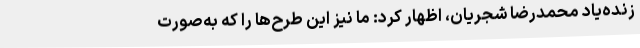
زنده‌یاد محمدرضا شجریان، اظهار کرد: ما نیز این طرح‌ها را که به‌صورت